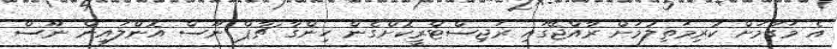
އެ މަގާމަށް ކުރިމަތިލުމަށް ރާއްޖޭގައި ރަޖިސްޓްރީކޮށްގެން ހިންގާ ޗާޕް ނޫސް އޮންލައިން ނޫސް